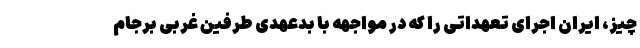
چیز، ایران اجرای تعهداتی را که در مواجهه با بدعهدی طرفین غربی برجام